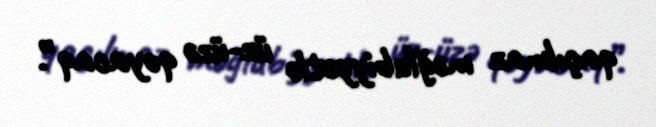
qaçılmaz məğlubiyyətlə üz-üzə qoyacaq”.